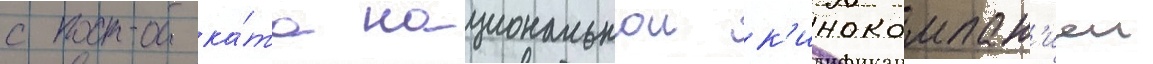
с прока́та национальнои к'инокомпан'иеи